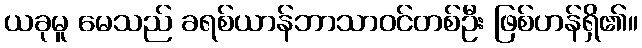
ယခုမူ မေသည် ခရစ်ယာန်ဘာသာဝင်တစ်ဦး ဖြစ်ဟန်ရှိ၏။